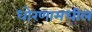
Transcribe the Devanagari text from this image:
धोरणामधील